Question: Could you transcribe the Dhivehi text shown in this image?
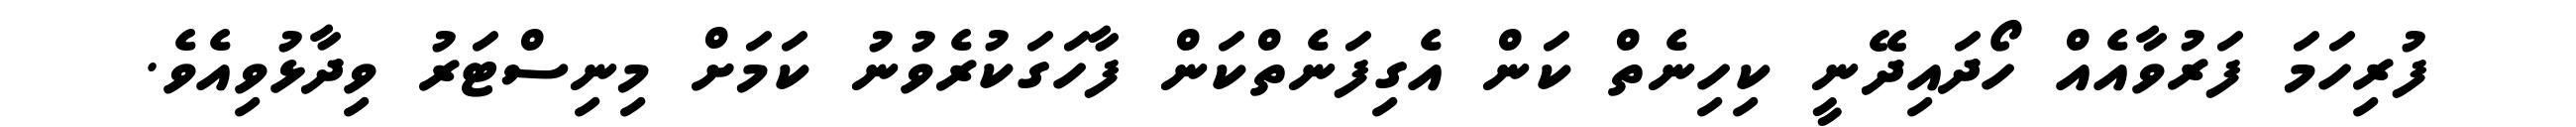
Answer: ފުރިހަމަ ފަރުވާއެއް ހޯދައިދޭނީ ކިހިނެތް ކަން އެގިފަނެތްކަން ފާހަގަކުރެވުނު ކަމަށް މިނިސްޓަރު ވިދާޅުވިއެވެ.